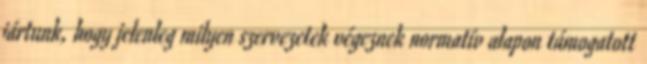
jártunk, hogy jelenleg milyen szervezetek végeznek normatív alapon támogatott